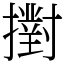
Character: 𢷮